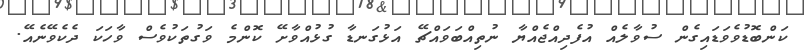
ކަންބޮޑުވެވަޑައިގެން ސުވާލެއް އުފެދިއްޖެއްޔާ ނުތިއްބަވައްޗޭ އަޅުގަނޑާ ގުޅުއްވާށޭ ކޮންމެ ވަގުތަކުވެސް ވާހަކަ ދެކެވޭނެއޭ.